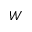
W